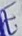
Text: E